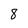
Character: 8